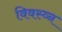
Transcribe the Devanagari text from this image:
विवस्व्न